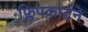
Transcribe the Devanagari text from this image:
फ्लिपकार्टने